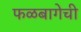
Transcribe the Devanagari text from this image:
फळबागेची